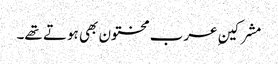
مشرکینِ عرب مختون بھی ہوتے تھے۔